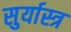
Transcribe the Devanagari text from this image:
सुर्यास्त्र